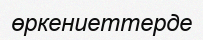
өркениеттерде